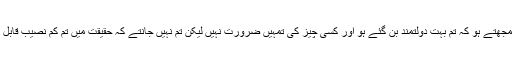
تم کہتے ہو کہ تم د ولتمند ہو تم سمجھتے ہو کہ تم بہت دولتمند بن گئے ہو اور کسی چیز کی تمہیں ضرورت نہیں لیکن تم نہیں جانتے کہ حقیقت میں تم کم نصیب قابل رحم غریب، اندھے اور ننگے ہو۔